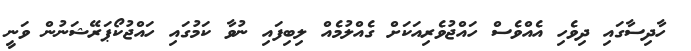
ހާދިސާގައި ދިވެހި އެއްވެސް ހައްޖުވެރިއަކަށް ގެއްލުމެއް ލިބިފައި ނުވާ ކަމުގައި ހައްޖުކޯޕަރޭޝަނުން ވަނީ